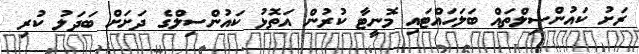
ރަށު ކައުންސިލްތައް ބަލަހައްޓައި މޮނީޓާ ކުރުން އަތޮޅު ކައުންސިލްގެ ދަށަށް ބަދަލު ކުރި